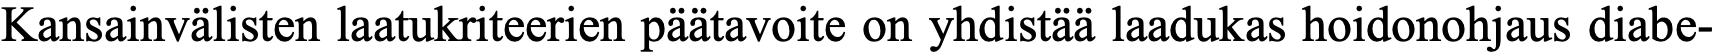
Kansainvälisten laatukriteerien päätavoite on yhdistää laadukas hoidonohjaus diabe-